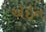
એઇન